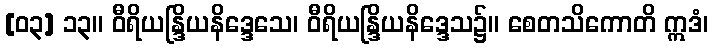
[၀၃] ၁၃။ ဝီရိယန္ဒြိယနိဒ္ဒေသေ၊ ဝီရိယန္ဒြိယနိဒ္ဒေသ၌။ စေတသိကောတိ ဣဒံ၊